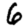
Digit: 6